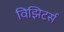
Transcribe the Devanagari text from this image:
विझिटर्स